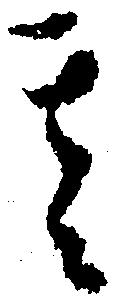
其